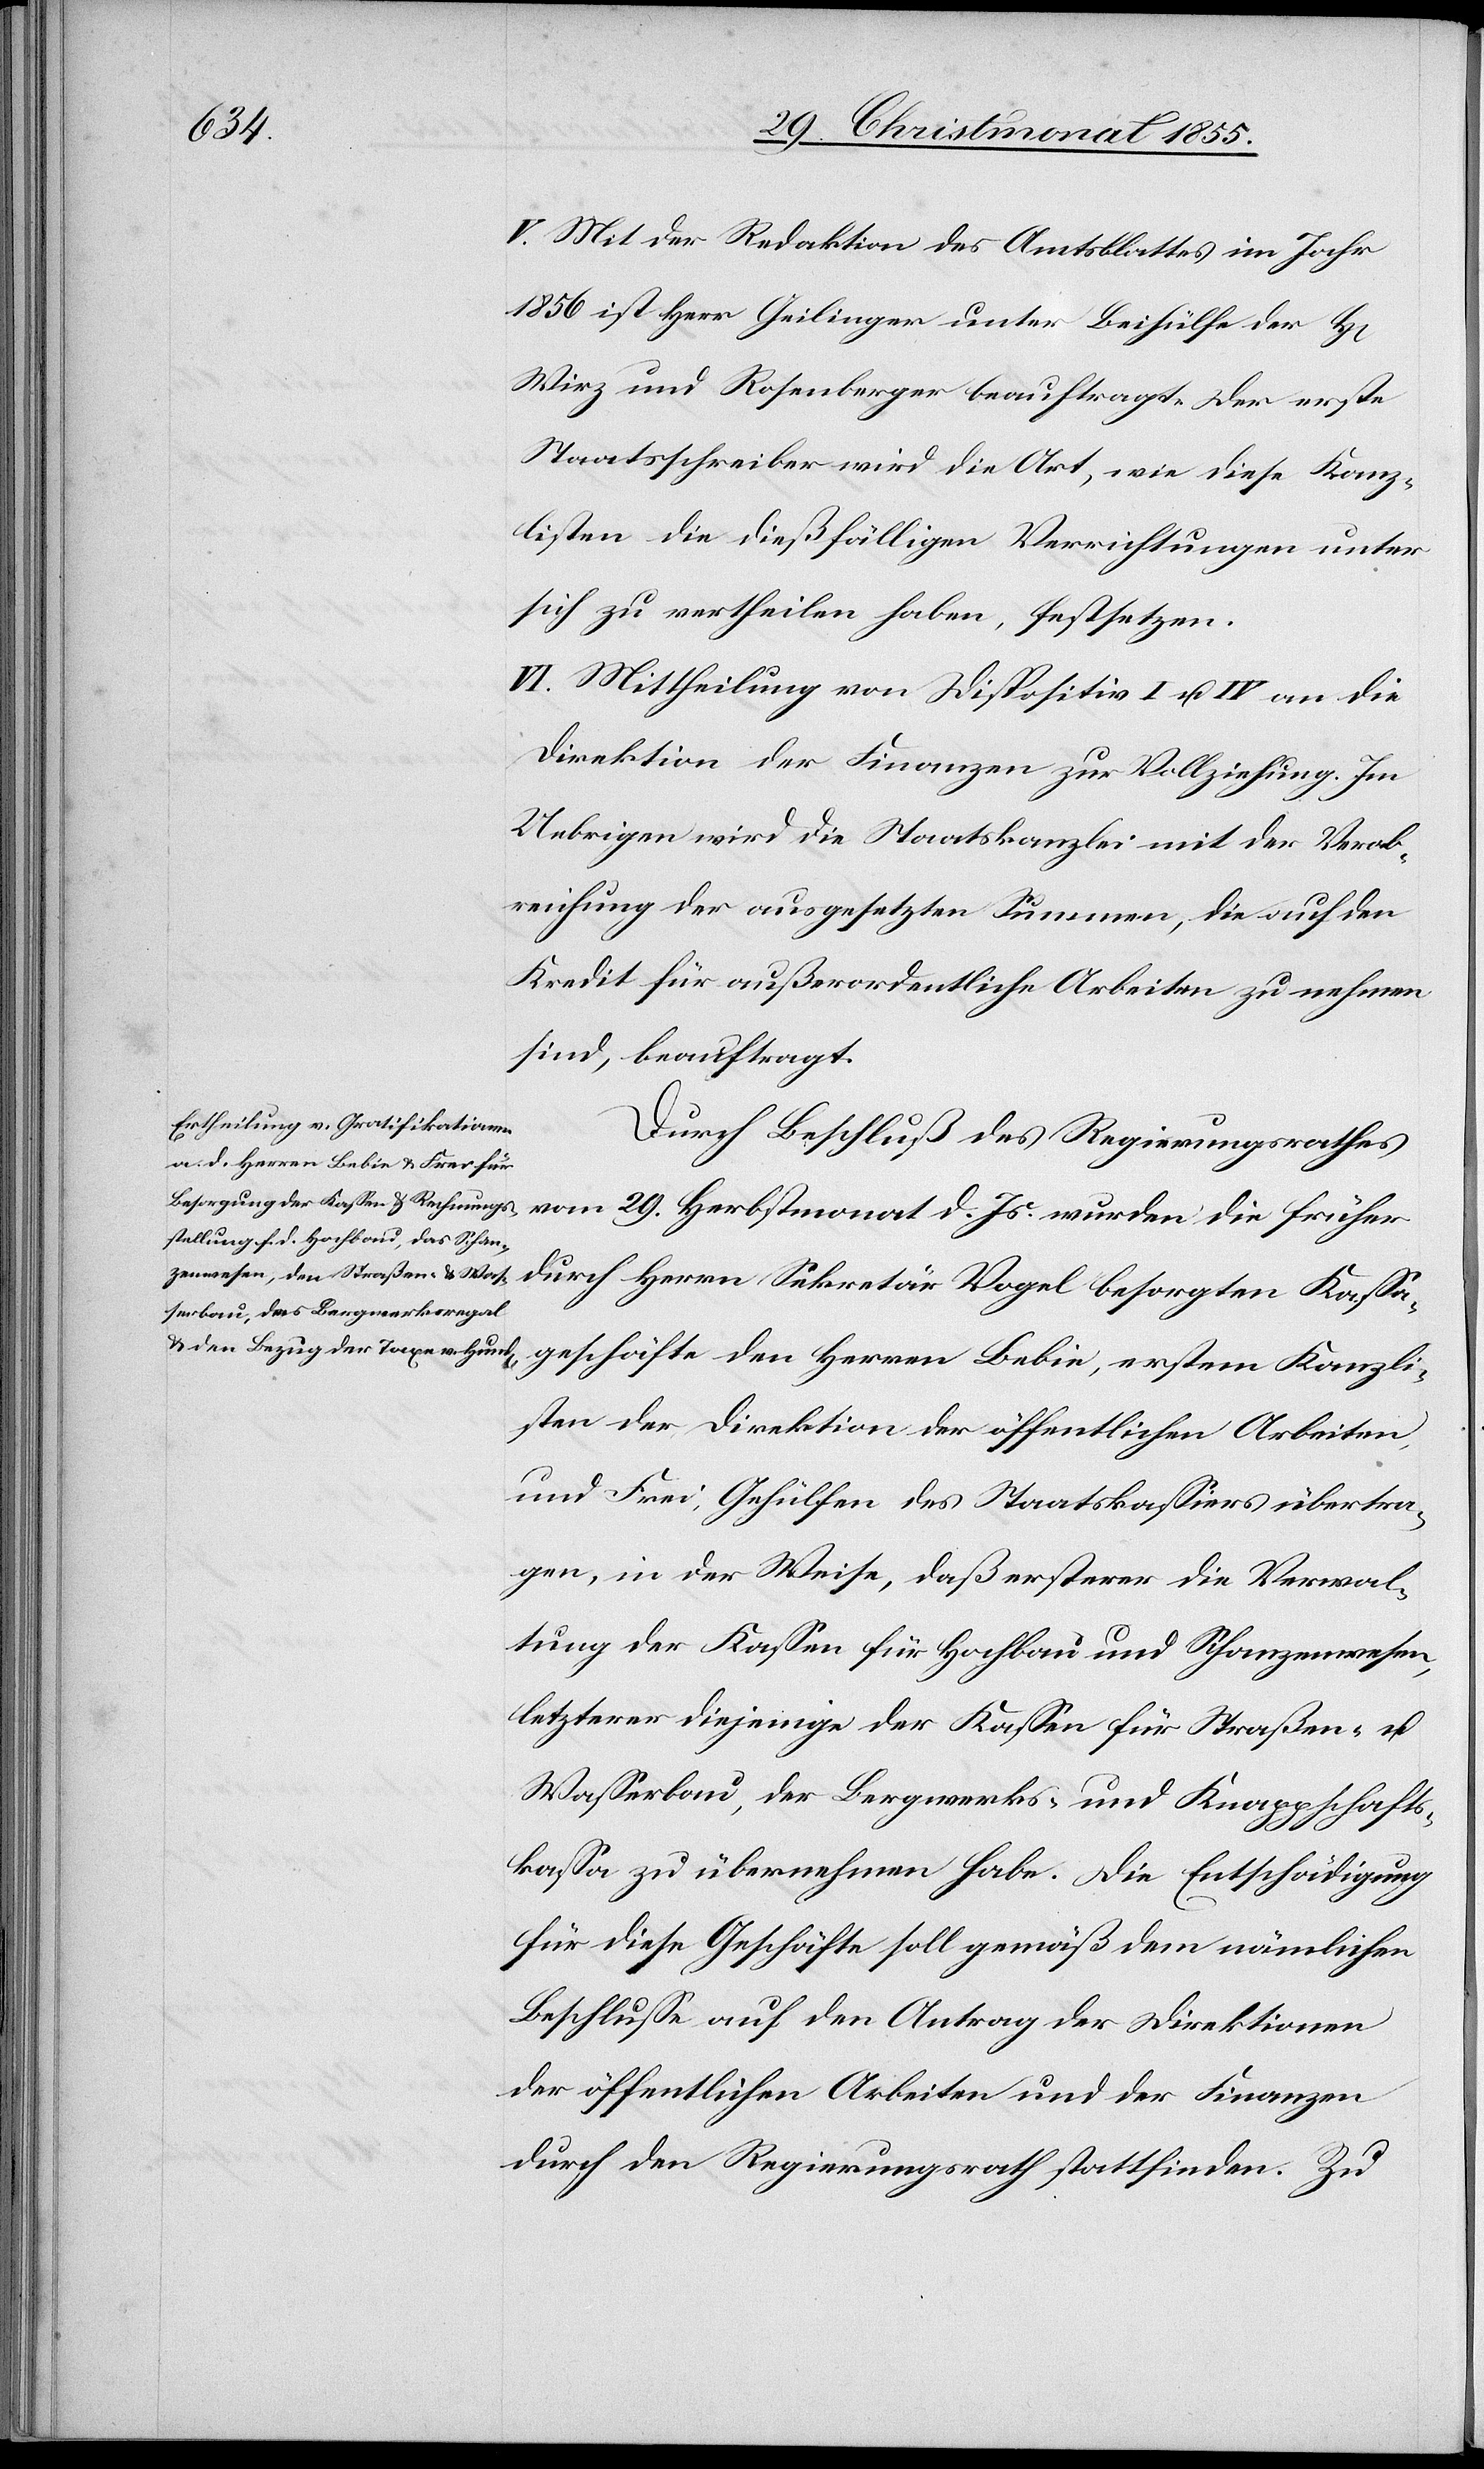
V. Mit der Redaktion des Amtsblattes im Jahr
1856 ist Herr Geilinger unter Beihülfe der H[erren]
Wirz und Rosenberger beauftragt. Der erste
Staatsschreiber wird die Art, wie diese Kanz¬
listen die dießfälligen Verrichtungen unter
sich zu vertheilen haben, festsetzen.
VI. Mittheilung von Dispositiv I u. IV an die
Direktion der Finanzen zur Vollziehung. Im
Uebrigen wird die Staatskanzlei mit der Verab¬
reichung der ausgesetzten Summen, die auf den
Kredit für außerordentliche Arbeiten zu nehmen
sind, beauftragt.
Durch Beschluß des Regierungsrathes
vom 29. Herbstmonat d. Js. wurden die früher
durch Herrn Sekretär Vogel besorgten Kassa¬
geschäfte den Herren Bebie, erstem Kanzli¬
sten der Direktion der öffentlichen Arbeiten,
und Frei, Gehülfen des Staatskassiers übertra¬
gen, in der Weise, daß ersterer die Verwal¬
tung der Kassen für Hochbau und Schanzenwesen,
letzterer diejenige der Kassen für Straßen- u.
Wasserbau, der Bergwerks- und Knappschafts¬
kassa zu übernehmen habe. Die Entschädigung
für diese Geschäfte soll gemäß dem nämlichen
Beschlusse auf den Antrag der Direktionen
der öffentlichen Arbeiten und der Finanzen
durch den Regierungsrath stattfinden. Zu